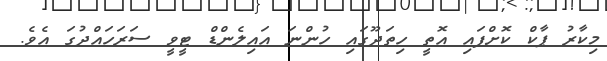
މިކާރު ޕާކް ކޮށްފައި އޮތީ ހިތަދޫގައި ހުންނަ އައިލެންޑް ޓީވީ ސަރަހައްދުގަ އެވެ.